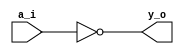
module   inverter (a_i, y_o);         
 input  a_i;
output  y_o;
 	assign  y_o  =  ~ a_i;
endmodule